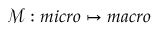
\mathcal { M } : m i c r o \mapsto m a c r o